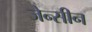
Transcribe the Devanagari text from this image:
जेन्सीन